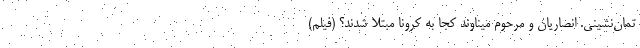
تمان‌نشینی. انصاریان و مرحوم میناوند کجا به کرونا مبتلا شدند؟ (فیلم)